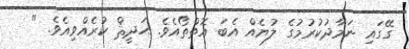
ގޭގައި ނަމާދުކުރުމުގެ ލުޔެއް އެބަ އޮތްތޯއެވެ. ޙަދީޘް ކުރެއްވިއެވެ. "